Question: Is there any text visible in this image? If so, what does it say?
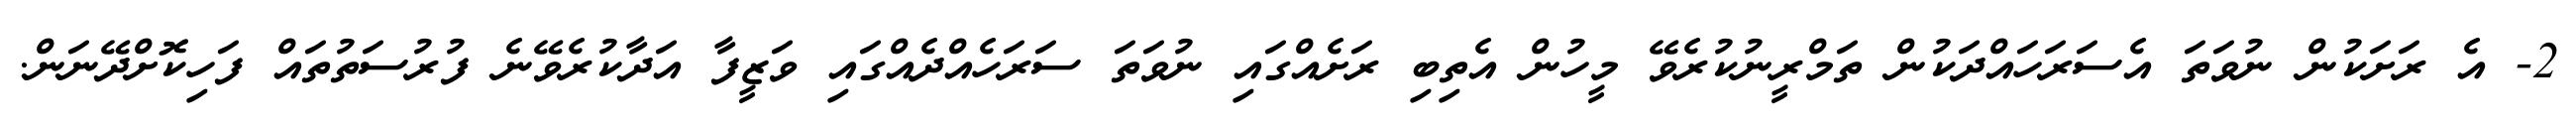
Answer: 2- އެ ރަށަކުން ނުވަތަ އެސަރަހައްދަކުން ތަމްރީނުކުރެވޭ މީހުން އެތިބި ރަށެއްގައި ނުވަތަ ސަރަހެއްދެއްގައި ވަޒީފާ އަދާކުރެވޭނެ ފުރުސަތުތައް ފަހިކޮށްދޭނަން.